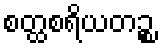
စတ္ထစရိယတဉ္စ